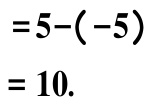
\[
\begin{align*}
&=5-(-5)\\
&=10.
\end{align*}
\]